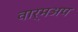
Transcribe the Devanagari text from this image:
वार्मअप